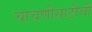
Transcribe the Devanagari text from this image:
चाचणीसाठीची